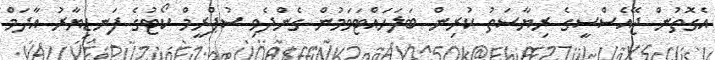
އެގޮތުން ޖޭއެސްސީގެ ރިޔާސަތު ކުރިން ބަލަހައްޓަވަމުން ގެންދެވި ސުޕްރީމް ކޯޓުގެ ފަނޑިޔާރު އާދަމް